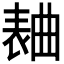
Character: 𣍅